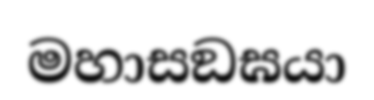
මහාසඞඝයා